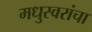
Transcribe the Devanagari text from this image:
मधुस्वरांचा